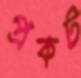
প্রকট